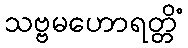
သဗ္ဗမဟောရတ္တိံ